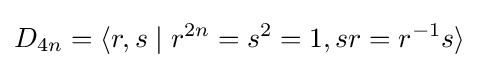
D_{4n}=\langle r,s\mid r^{2n}=s^{2}=1,sr=r^{-1}s\rangle